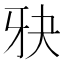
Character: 𪺧